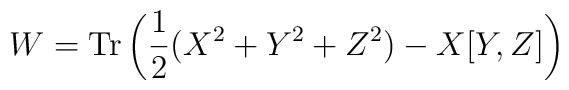
W={\rm Tr}\left(\frac{1}{2}(X^{2}+Y^{2}+Z^{2})-X[Y,Z] \right)